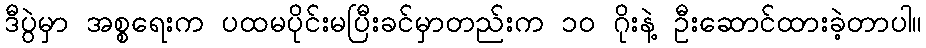
ဒီပွဲမှာ အစ္စရေးက ပထမပိုင်းမပြီးခင်မှာတည်းက ၁၀ ဂိုးနဲ့ ဦးဆောင်ထားခဲ့တာပါ။